Vaccination in Bombay 1902-1912 - 1902-1912
Year: 1902
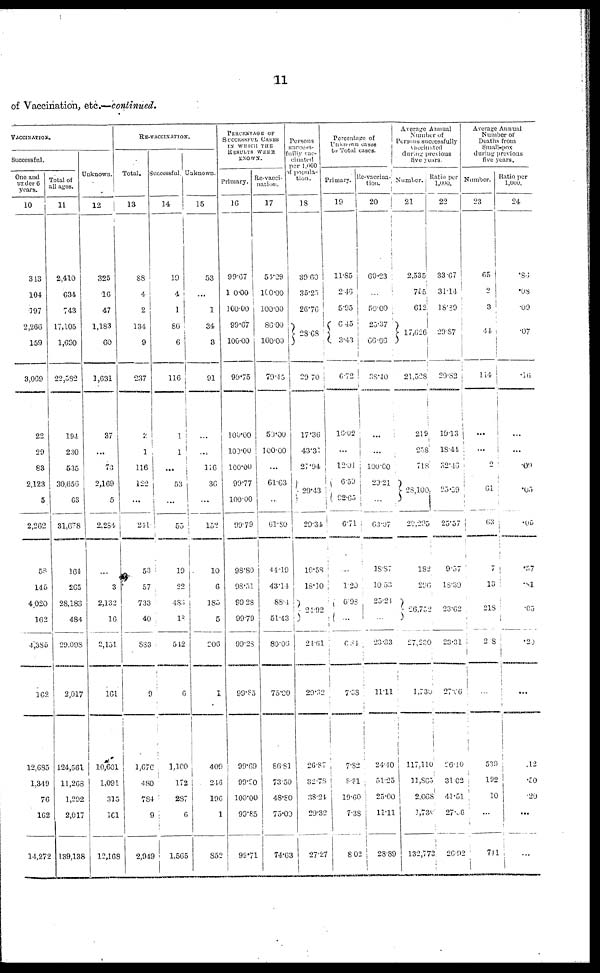
11
of Vaccination, etc.—continued.
VACCINATIONS
Successful.
One and
under 6
years.
10
343
104
197
2,266
159
3,069
22
20
83
2,123
5
2,262
58
145
4,020
162
4,385
162
12,685
1,349
76
162
14,272
Total of
all ages.
11
2,410
634
743
17,105
1,690
22,582
194
230
535
30,656
63
31,678
164
265
28,183
486
29,098
2,017
124,561
11,268
1,292
2,017
139,138
Unknown.
12
325
16
47
1,183
60
1,631
37
...
73
2,169
5
2,284
...
3
2,132
16
2,151
161
10,601
1,091
315
161
12,168
RE-VACCINATION.
Total.
13
88
4
2
134
9
237
2
1
116
122
...
241
53
57
733
40
883
9
1,676
480
784
9
2,949
Successful.
14
19
4
1
86
6
116
1
1
...
53
...
55
10
22
483
18
542
6
1,100
172
287
6
1,565
Unknown.
15
53
...
1
34
3
91
...
...
116
36
...
152
10
6
185
5
206
1
409
246
196
1
852
PERCENTAGE OF
SUCCESSFUL CASES
IN WHICH THE
RESULTS WERE
KNOWN.
Primary.
16
99.67
100.00
100.00
99.67
100.00
99.75
100.00
100.00
100.00
99.77
100.00
99.79
98.80
98.51
99.28
99.79
99.28
99.85
99.69
99.90
100.00
99.85
99.71
Re-vacci-
nation.
17
54.29
100.00
100.00
86.00
100.00
79.45
50.00
100.00
...
61.63
...
61.80
44.19
43.14
88.4
51.43
80.06
75.00
86.81
73.50
48.80
75.00
74.63
Persons
success¬
fully vac-
cinated
per 1,000
of popula¬
tion.
18
39.60
35.25
26.76
28.68
29.70
17.36
43.31
27.94
29.43
29.34
10.58
18.10
24.92
24.61
29.32
26.87
32.78
38.24
29.32
27.27
Percentage of
Unknown cases
to Total cases.
Primary.
19
11.85
2.46
5.95
6.45
3.43
6.72
16.02
...
12.01
6.59
92.65
6.71
...
1.20
6.98
...
6.84
7.38
7.82
8.31
19.60
7.38
8.02
Re-vaccina¬
tion.
20
60.23
...
50.00
25.37
66.66
38.40
...
...
100.00
29.21
...
633.07
18.87
10.53
25.21
...
23.33
11.11
24.40
51.25
25.00
11.11
28.89
Average Annual
Number of
Persons successfully
vaccinated
during previous
five years.
Number.
21
2,535
755
612
17,626
21,528
219
258
718
23,100
29,295
182
296
26,752
27,230
1,730
117,110
11,865
2,068
1,730
132,773
Ratio per
1,000.
22
33.67
31.14
18.39
29.87
29.82
19.13
18.44
32.46
25.59
25.57
9.57
18.39
23.62
23.31
27.06
26.10
31.02
41.51
27.06
26.92
Average Annual
Number of
Deaths from
Small-pox
during previous
five years.
Number.
23
65
2
3
44
114
...
...
2
61
63
7
13
218
208
...
539
192
10
...
741
Ratio per
1,000.
24
.86
.08
.09
.07
.16
...
...
.09
.05
.05
.37
.81
.05
.29
...
.12
.50
.20
...
...